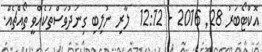
އޮކްޓޯބަރު 28